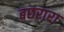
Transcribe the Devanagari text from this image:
बछरारा